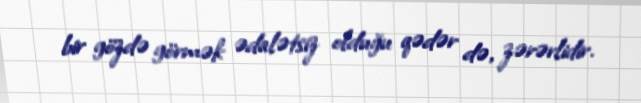
bir gözdə görmək ədalətsiz olduğu qədər də, zərərlidir.